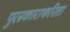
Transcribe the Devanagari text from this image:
पुरस्काराकरिता